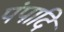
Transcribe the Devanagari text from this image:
पंपादि